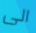
الى